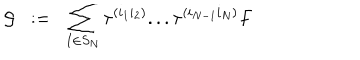
{ \cal { G } } \; \; : = \; \; \sum _ { I \in S _ { N } } \tau ^ { ( i _ { 1 } i _ { 2 } ) } . . . \tau ^ { ( i _ { N - 1 } i _ { N } ) } F